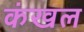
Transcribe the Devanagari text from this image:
कंखल